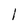
Character: l